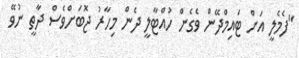
"ފެމެލީ އަށް ޓައިމްދޭން ވެގެން ހުއްޓާލީ ދެން މިހާރު ޖޮބަށްވެސް ދާތީ ނުވޭ